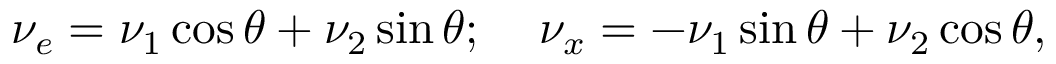
\nu _ { e } = \nu _ { 1 } \cos \theta + \nu _ { 2 } \sin \theta ; \; \; \; \; \nu _ { x } = - \nu _ { 1 } \sin \theta + \nu _ { 2 } \cos \theta ,